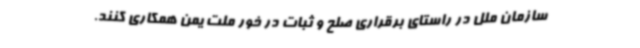
سازمان ملل در راستای برقراری صلح و ثبات در خور ملت یمن همکاری کنند.